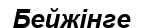
Бейжінге